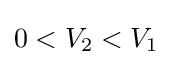
0<V_{2}<V_{1}